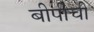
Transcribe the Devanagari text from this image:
बीपीची